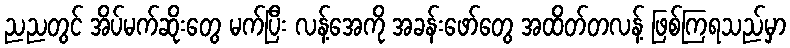
ညညတွင် အိပ်မက်ဆိုးတွေ မက်ပြီး လန့်အေကို အခန်းဖော်တွေ အထိတ်တလန့် ဖြစ်ကြရသည်မှာ